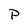
Character: p